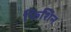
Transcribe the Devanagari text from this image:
फिशिन